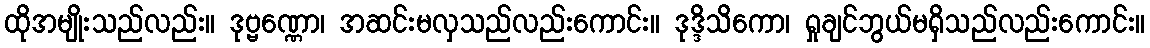
ထိုအမျိုးသည်လည်း။ ဒုဗ္ဗဏ္ဏော၊ အဆင်းမလှသည်လည်းကောင်း။ ဒုဒ္ဒိသိကော၊ ရှုချင်ဘွယ်မရှိသည်လည်းကောင်း။